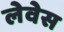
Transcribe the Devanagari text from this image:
लेवेस